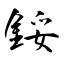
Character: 鋖